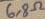
Text: 6,8Ω